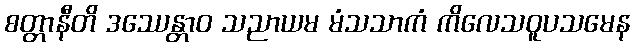
စတ္တာနီတိ ဒဿေန္တာဝ သညာယမ မံသသာကံ ကိလေသဝူပသမေန